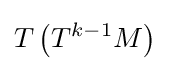
T\left(T^{k-1}M\right)